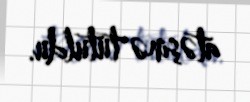
atəşinə tutuldu.